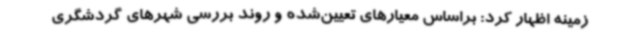
زمینه اظهار کرد: براساس معیارهای تعیین‌شده و روند بررسی شهرهای گردشگری